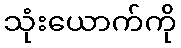
သုံးယောက်ကို